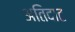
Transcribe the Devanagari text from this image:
अतिदाट